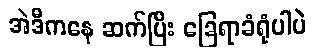
အဲဒီကနေ ဆက်ပြီး ခြေရာခံရုံပါပဲ